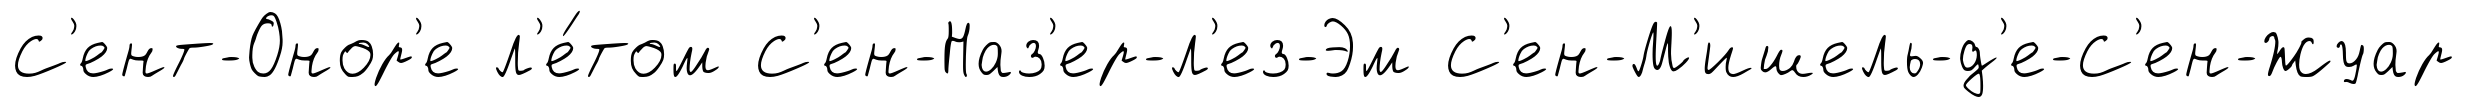
С'ент-Онор'е л'е́том С'ен-Наз'ер-л'ез-Эм С'ен-М'ишель-д'е-С'ен-Жуар